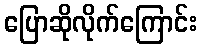
ပြောဆိုလိုက်ကြောင်း